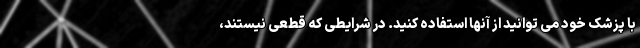
با پزشک خود می توانید از آنها استفاده کنید. در شرایطی که قطعی نیستند،